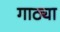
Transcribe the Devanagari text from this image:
गाठ्या